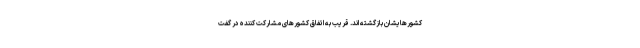
کشورهایشان بازگشته اند. قریب به اتفاق کشورهای مشارکت کننده در گفت‌